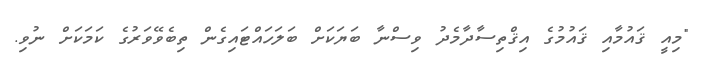
"މިއީ ޤައުމާއި ޤައުމުގެ އިޤްތިސާދާމެދު ވިސްނާ ބަޔަކަށް ބަލަހައްޓައިގެން ތިބެވޭވަރުގެ ކަމަކަށް ނުވި.